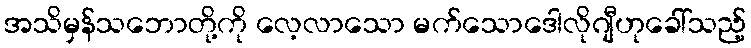
အသိမှန်သဘောတို့ကို လေ့လာသော မက်သောဒေါလိုဂျီဟုခေါ်သည့်